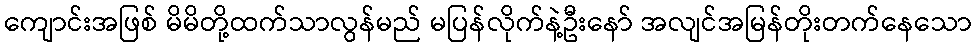
ကျောင်းအဖြစ် မိမိတို့ထက်သာလွန်မည် မပြန်လိုက်နဲ့ဦးနော် အလျင်အမြန်တိုးတက်နေသော